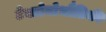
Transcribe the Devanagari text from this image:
टेक्टोनोभौतिकी